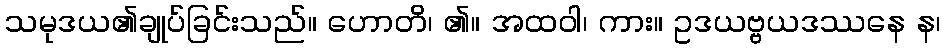
သမုဒယ၏ချုပ်ခြင်းသည်။ ဟောတိ၊ ၏။ အထဝါ၊ ကား။ ဥဒယဗ္ဗယဒဿနေ န၊